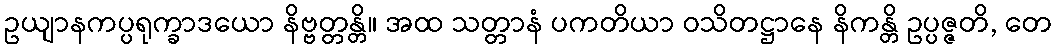
ဥယျာနကပ္ပရုက္ခာဒယော နိဗ္ဗတ္တန္တိ။ အထ သတ္တာနံ ပကတိယာ ဝသိတဋ္ဌာနေ နိကန္တိ ဥပ္ပဇ္ဇတိ, တေ